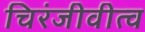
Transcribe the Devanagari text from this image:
चिरंजीवीत्व